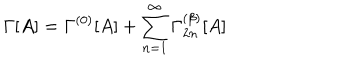
LaTeX: \Gamma [ A ] = \Gamma ^ { ( 0 ) } [ A ] + \sum _ { n = 1 } ^ { \infty } \Gamma _ { 2 n } ^ { ( \beta ) } [ A ]